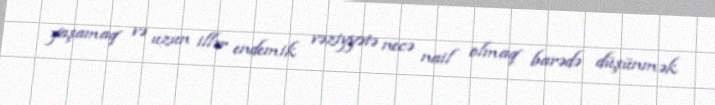
yaşamaq və uzun illər endemik vəziyyətə necə nail olmaq barədə düşünmək